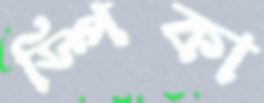
স্পিকা